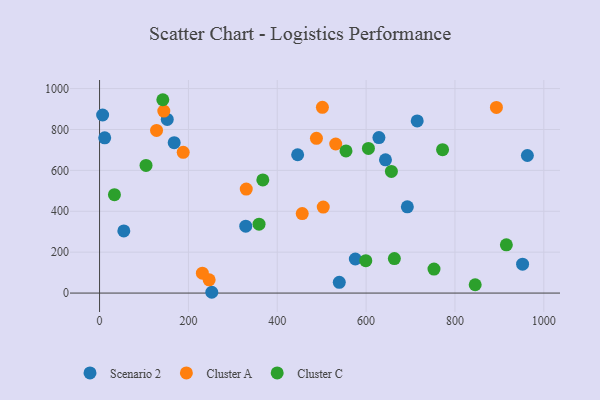
{"axis": {"x": "Experience", "y": "Rating"}, "legend": ["Cluster A", "Cluster C", "Scenario 2"], "data": [{"x": "692.8", "y": 421.8, "type": "Scenario 2"}, {"x": "715.0", "y": 842.1, "type": "Scenario 2"}, {"x": "963.0", "y": 672.9, "type": "Scenario 2"}, {"x": "152.4", "y": 849.1, "type": "Scenario 2"}, {"x": "329.1", "y": 327.1, "type": "Scenario 2"}, {"x": "628.8", "y": 760.7, "type": "Scenario 2"}, {"x": "6.9", "y": 870.8, "type": "Scenario 2"}, {"x": "168.0", "y": 735.6, "type": "Scenario 2"}, {"x": "643.6", "y": 651.6, "type": "Scenario 2"}, {"x": "539.6", "y": 52.6, "type": "Scenario 2"}, {"x": "11.6", "y": 759.2, "type": "Scenario 2"}, {"x": "54.6", "y": 303.8, "type": "Scenario 2"}, {"x": "252.6", "y": 3.9, "type": "Scenario 2"}, {"x": "445.9", "y": 676.4, "type": "Scenario 2"}, {"x": "952.2", "y": 141.2, "type": "Scenario 2"}, {"x": "575.7", "y": 166.7, "type": "Scenario 2"}, {"x": "488.2", "y": 756.9, "type": "Cluster A"}, {"x": "503.5", "y": 420.5, "type": "Cluster A"}, {"x": "128.3", "y": 795.4, "type": "Cluster A"}, {"x": "330.2", "y": 508.6, "type": "Cluster A"}, {"x": "456.2", "y": 389.0, "type": "Cluster A"}, {"x": "246.7", "y": 64.9, "type": "Cluster A"}, {"x": "144.6", "y": 890.0, "type": "Cluster A"}, {"x": "531.6", "y": 729.0, "type": "Cluster A"}, {"x": "893.3", "y": 907.9, "type": "Cluster A"}, {"x": "501.6", "y": 908.4, "type": "Cluster A"}, {"x": "188.3", "y": 688.5, "type": "Cluster A"}, {"x": "231.4", "y": 97.4, "type": "Cluster A"}, {"x": "656.9", "y": 594.8, "type": "Cluster C"}, {"x": "104.6", "y": 624.4, "type": "Cluster C"}, {"x": "599.3", "y": 158.3, "type": "Cluster C"}, {"x": "752.8", "y": 117.4, "type": "Cluster C"}, {"x": "359.0", "y": 337.1, "type": "Cluster C"}, {"x": "845.5", "y": 40.7, "type": "Cluster C"}, {"x": "33.5", "y": 481.2, "type": "Cluster C"}, {"x": "142.4", "y": 945.6, "type": "Cluster C"}, {"x": "554.7", "y": 695.2, "type": "Cluster C"}, {"x": "915.7", "y": 235.9, "type": "Cluster C"}, {"x": "663.6", "y": 168.6, "type": "Cluster C"}, {"x": "772.1", "y": 701.2, "type": "Cluster C"}, {"x": "367.5", "y": 553.2, "type": "Cluster C"}, {"x": "605.2", "y": 707.5, "type": "Cluster C"}]}